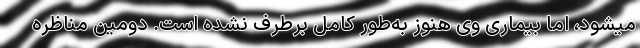
میشود، اما بیماری وی هنوز به‌طور کامل برطرف نشده است. دومین مناظره